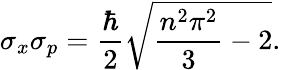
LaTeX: \sigma_{x}\sigma_{p}={\frac{\hbar}{2}}{\sqrt{{\frac{n^{2}\pi^{2}}{3}}-2}}.